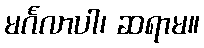
မင်္ဂလာပါ၊ ဆရာမ။